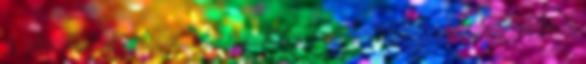
A támadójátékos, aki azelőtt tartózkodik ott vagy lép a